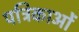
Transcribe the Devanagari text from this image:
पत्रिकाआें